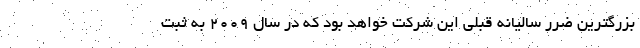
بزرگترین ضرر سالیانه قبلی این شرکت خواهد بود که در سال ۲۰۰۹ به ثبت